Indian journal of veterinary science and animal husbandry - Volumes 15-17, 1948-1951
Year: 1948
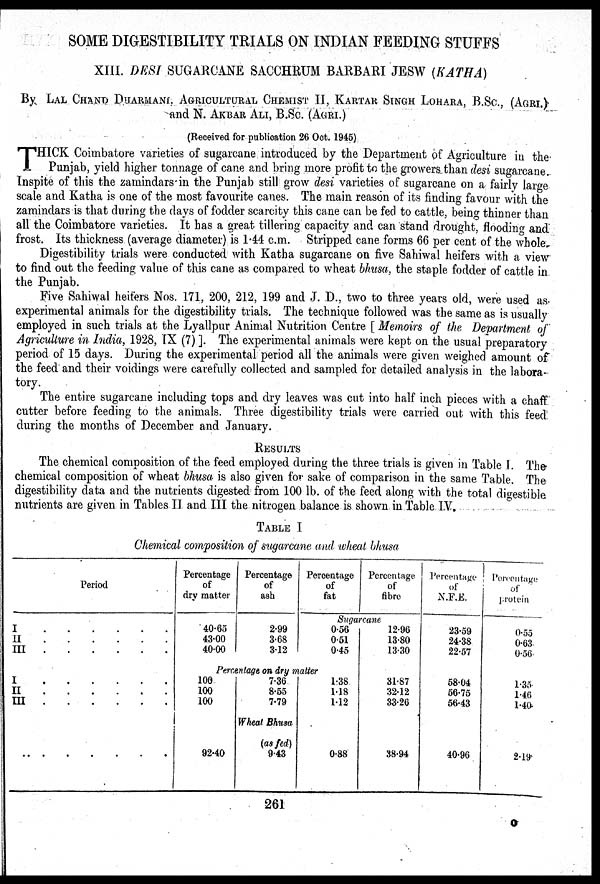
SOME DIGESTIBILITY TRIALS ON INDIAN FEEDING STUFFS
XIII. DESI SUGARCANE SACCHRUM BARBARI JBSW (KATHA)
By LAL CHAND DHARMANI, AGRICULTURAL CHEMIST II, KARTAR SINGH LOHARA, B.SC., (AGRI.)
and N. AKBAR ALI, B.Sc. (AGRI.)
(Received for publication 26 Oct. 1945)
T HICK Coimbatore varieties of sugarcane introduced by the Department of Agriculture in the
Punjab, yield higher tonnage of cane and bring more profit to the growers than desi sugarcane.
Inspite of this the zamindars in the Punjab still grow desi varieties of sugarcane on a fairly large
scale and Katha is one of the most favourite canes. The main reason of its finding favour with the
zamindars is that during the days of fodder scarcity this cane can be fed to cattle, being thinner than
all the Coimbatore varieties. It has a great tillering capacity and can stand drought, flooding and
frost. Its thickness (average diameter) is 1.44 c.m. Stripped cane forms 66 per cent of the whole.
Digestibility trials were conducted with Katha sugarcane on five Sahiwal heifers with a view
to find out the feeding value of this cane as compared to wheat bhusa, the staple fodder of cattle in
the Punjab.
Five Sahiwal heifers Nos. 171, 200, 212, 199 and J. D., two to three years old, were used as.
experimental animals for the digestibility trials. The technique followed was the same as is usually
employed in such trials at the Lyallpur Animal Nutrition Centre [ Memoirs of the Department of
Agriculture in India, 1928, IX (7) ]. The experimental animals were kept on the usual preparatory
period of 15 days. During the experimental period all the animals were given weighed amount of
the feed and their voidings were carefully collected and sampled for detailed analysis in the labora-
tory.
The entire sugarcane including tops and dry leaves was cut into half inch pieces with a chaff
cutter before feeding to the animals. Three digestibility trials were carried out with this feed
during the months of December and January.
RESULTS
The chemical composition of the feed employed during the three trials is given in Table I. The
chemical composition of wheat bhusa is also given for sake of comparison in the same Table. The
digestibility data and the nutrients digested from 100 lb. of the feed along with the total digestible
nutrients are given in Tables II and III the nitrogen balance is shown in Table IV.
TABLE I
Chemical composition of sugarcane and wheat bhusa
Period
I . . . . . .
II . . . . . .
III . . . . . .
I . . . . . .
II . . . . . .
III . . . . . .
Percentage
of
dry matter
40.65
43.00
40.00
Percentage
of
ash
2.99
3.68
3.12
Percentage
of
fat
Percentage
of
fibre
Sugarcane
0.56
0.51
0.45
Percentage on dry matter
100
100
100
92.40
7.36
8.55
7.79
Wheat Bhusa
(as fed)
9.43
1.38
1.18
1.12
0.88
12.96
13.80
13.30
31.87
32.12
33.26
38.94
Percentage
of
N.F.E.
23.59
24.38
22.57
58.04
56.75
56.43
40.96
Percentage
of
protein
0.55
0.63
0.56
1.35
1.46
1.40
2.19
261
O